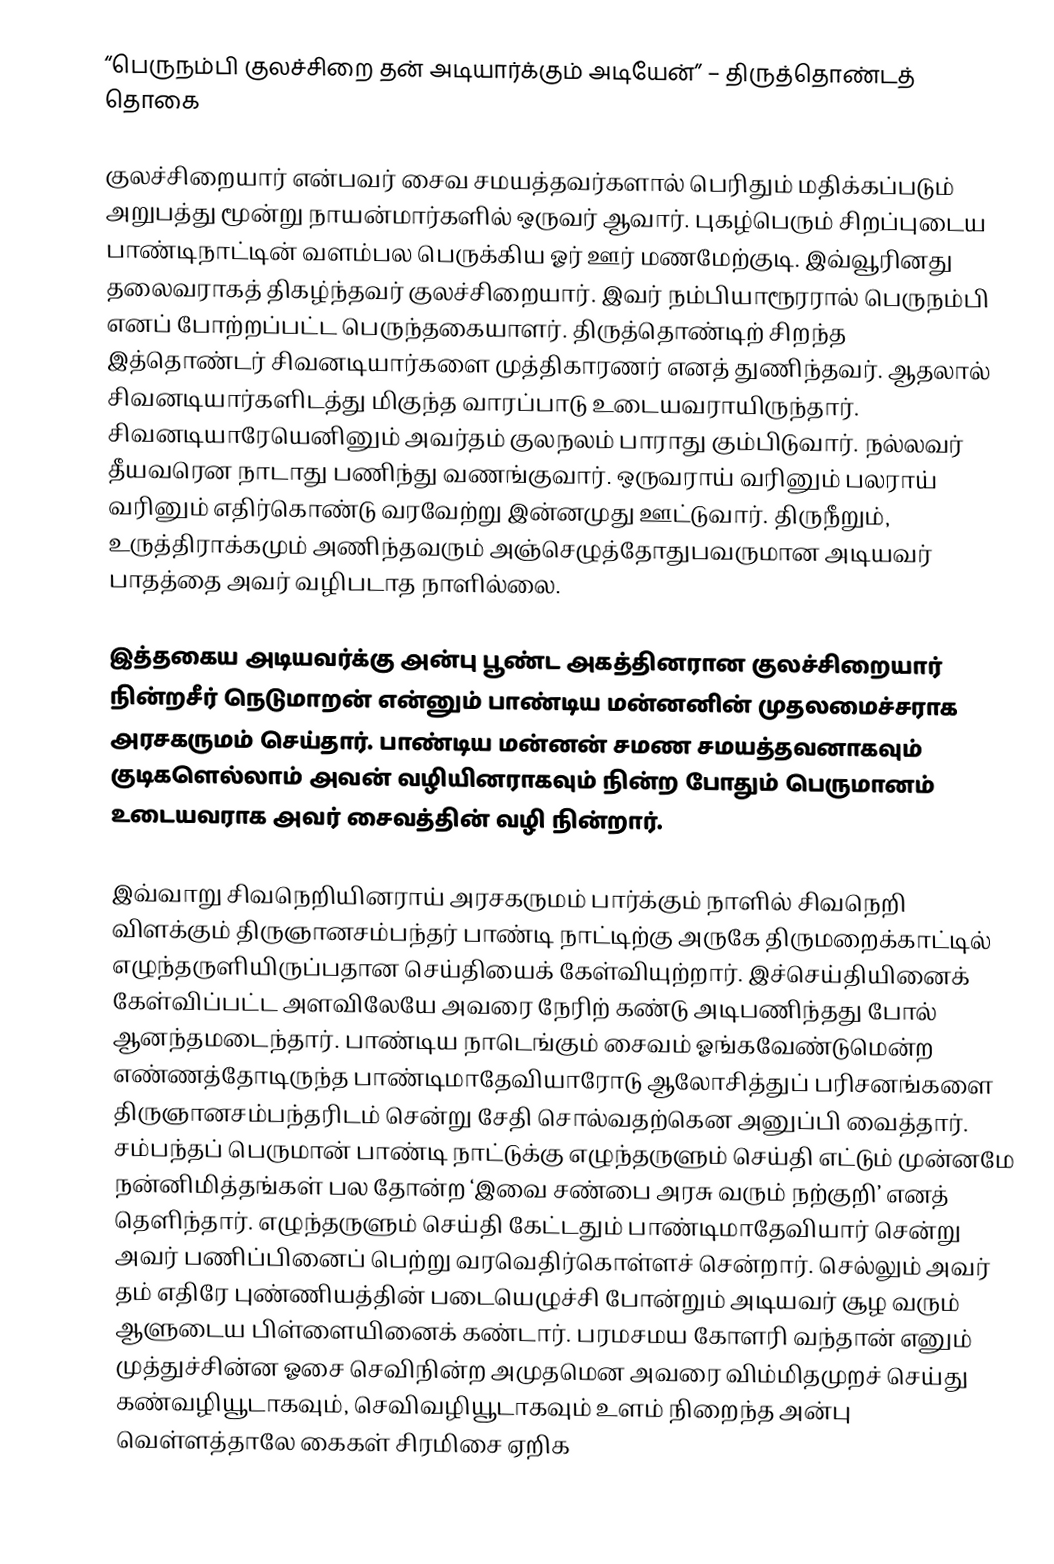
“பெருநம்பி குலச்சிறை தன் அடியார்க்கும் அடியேன்” – திருத்தொண்டத் தொகை

குலச்சிறையார் என்பவர் சைவ சமயத்தவர்களால் பெரிதும் மதிக்கப்படும் அறுபத்து மூன்று நாயன்மார்களில் ஒருவர் ஆவார். புகழ்பெரும் சிறப்புடைய பாண்டிநாட்டின் வளம்பல பெருக்கிய ஓர் ஊர் மணமேற்குடி. இவ்வூரினது தலைவராகத் திகழ்ந்தவர் குலச்சிறையார். இவர் நம்பியாரூரரால் பெருநம்பி எனப் போற்றப்பட்ட பெருந்தகையாளர். திருத்தொண்டிற் சிறந்த இத்தொண்டர் சிவனடியார்களை முத்திகாரணர் எனத் துணிந்தவர். ஆதலால் சிவனடியார்களிடத்து மிகுந்த வாரப்பாடு உடையவராயிருந்தார். சிவனடியாரேயெனினும் அவர்தம் குலநலம் பாராது கும்பிடுவார். நல்லவர் தீயவரென நாடாது பணிந்து வணங்குவார். ஒருவராய் வரினும் பலராய் வரினும் எதிர்கொண்டு வரவேற்று இன்னமுது ஊட்டுவார். திருநீறும், உருத்திராக்கமும் அணிந்தவரும் அஞ்செழுத்தோதுபவருமான அடியவர் பாதத்தை அவர் வழிபடாத நாளில்லை.

இத்தகைய அடியவர்க்கு அன்பு பூண்ட அகத்தினரான குலச்சிறையார் நின்றசீர் நெடுமாறன் என்னும் பாண்டிய மன்னனின் முதலமைச்சராக  அரசகருமம் செய்தார். பாண்டிய மன்னன் சமண சமயத்தவனாகவும் குடிகளெல்லாம் அவன் வழியினராகவும் நின்ற போதும் பெருமானம் உடையவராக அவர் சைவத்தின் வழி நின்றார்.

இவ்வாறு சிவநெறியினராய் அரசகருமம் பார்க்கும் நாளில் சிவநெறி விளக்கும் திருஞானசம்பந்தர் பாண்டி நாட்டிற்கு அருகே திருமறைக்காட்டில் எழுந்தருளியிருப்பதான செய்தியைக் கேள்வியுற்றார். இச்செய்தியினைக் கேள்விப்பட்ட அளவிலேயே அவரை நேரிற் கண்டு அடிபணிந்தது போல் ஆனந்தமடைந்தார். பாண்டிய நாடெங்கும் சைவம் ஓங்கவேண்டுமென்ற எண்ணத்தோடிருந்த பாண்டிமாதேவியாரோடு ஆலோசித்துப் பரிசனங்களை திருஞானசம்பந்தரிடம் சென்று சேதி சொல்வதற்கென அனுப்பி வைத்தார்.  சம்பந்தப் பெருமான் பாண்டி நாட்டுக்கு எழுந்தருளும் செய்தி எட்டும் முன்னமே நன்னிமித்தங்கள் பல தோன்ற ‘இவை சண்பை அரசு வரும் நற்குறி’ எனத் தெளிந்தார். எழுந்தருளும் செய்தி கேட்டதும் பாண்டிமாதேவியார் சென்று அவர் பணிப்பினைப் பெற்று வரவெதிர்கொள்ளச் சென்றார். செல்லும் அவர் தம் எதிரே புண்ணியத்தின் படையெழுச்சி போன்றும் அடியவர் சூழ வரும் ஆளுடைய பிள்ளையினைக் கண்டார். பரமசமய கோளரி வந்தான் எனும் முத்துச்சின்ன ஓசை செவிநின்ற அமுதமென அவரை விம்மிதமுறச் செய்து கண்வழியூடாகவும், செவிவழியூடாகவும் உளம் நிறைந்த அன்பு வெள்ளத்தாலே கைகள் சிரமிசை ஏறிக